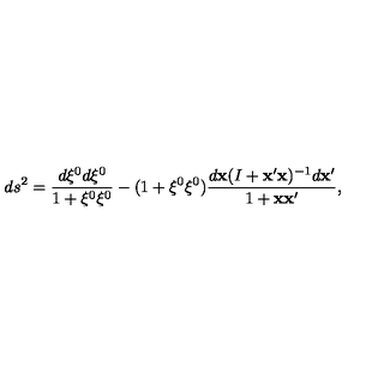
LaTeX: d s ^ { 2 } = \frac { d \xi ^ { 0 } d \xi ^ { 0 } } { 1 + \xi ^ { 0 } \xi ^ { 0 } } - ( 1 + \xi ^ { 0 } \xi ^ { 0 } ) \frac { d { \bf x } ( I + { \bf x } ^ { \prime } { \bf x } ) ^ { - 1 } d { \bf x } ^ { \prime } } { 1 + { \bf x } { \bf x } ^ { \prime } } ,